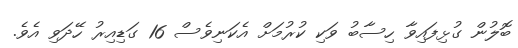
ބޮލުން ގުޅިފައިވާ ހިސާބު ވަކި ކުރުމަށް އެކަނިވެސް 16 ގަޑިއިރު ހޭދަވި އެވެ.